Civil Veterinary Department Bengal reports 1923-33 - 1923-1933
Year: 1923
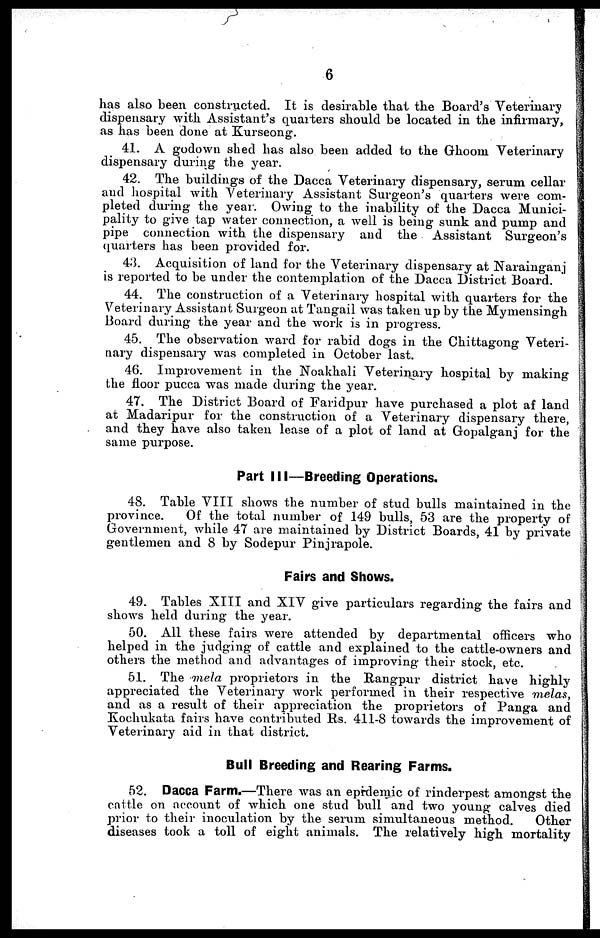
6
has also been constructed. It is desirable that the Board's Veterinary
dispensary with Assistant's quarters should be located in the infirmary,
as has been done at Kurseong.
41. A godown shed has also been added to the Ghoom Veterinary
dispensary during the year.
42. The buildings of the Dacca Veterinary dispensary, serum cellar
and hospital with Veterinary Assistant Surgeon's quarters were com-
pleted during the year. Owing to the inability of the Dacca Munici-
pality to give tap water connection, a well is being sunk and pump and
pipe connection with the dispensary and the Assistant Surgeon's
quarters has been provided for.
43. Acquisition of land for the Veterinary dispensary at Narainganj
is reported to be under the contemplation of the Dacca District Board.
44. The construction of a Veterinary hospital with quarters for the
Veterinary Assistant Surgeon at Tangail was taken up by the Mymensingh
Board during the year and the work is in progress.
45. The observation ward for rabid dogs in the Chittagong Veteri-
nary dispensary was completed in October last.
46. Improvement in the Noakhali Veterinary hospital by making
the floor pucca was made during the year.
47. The District Board of Faridpur have purchased a plot af land
at Madaripur for the construction of a Veterinary dispensary there,
and they have also taken lease of a plot of land at Gopalganj for the
same purpose.
Part III—Breeding Operations.
48. Table VIII shows the number of stud bulls maintained in the
province.
Of the total number of 149 bulls, 53 are the property of
Government, while 47 are maintained by District Boards, 41 by private
gentlemen and 8 by Sodepur Pinjrapole.
Fairs and Shows.
49. Tables XIII and XIV give particulars regarding the fairs and
shows held during the year.
50. All these fairs were attended by departmental officers who
helped in the judging of cattle and explained to the cattle-owners and
others the method and advantages of improving their stock, etc.
51. The mela proprietors in the Rangpur district have highly
appreciated the Veterinary work performed in their respective melas,
and as a result of their appreciation the proprietors of Panga and
Kochukata fairs have contributed Rs. 411-8 towards the improvement of
Veterinary aid in that district.
Bull Breeding and Rearing Farms.
52. Dacca Farm.—There was an epidemic of rinderpest amongst the
cattle on account of which one stud bull and two young calves died
prior to their inoculation by the serum simultaneous method.
Other
diseases took a toll of eight animals. The relatively high mortality